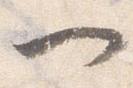
一